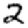
Digit: 2